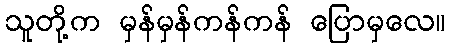
သူတို့က မှန်မှန်ကန်ကန် ပြောမှလေ။